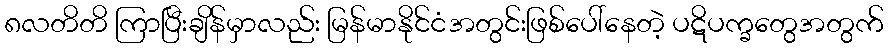
၈လတိတိ ကြာပြီးချိန်မှာလည်း မြန်မာနိုင်ငံအတွင်းဖြစ်ပေါ်နေတဲ့ ပဋိပက္ခတွေအတွက်